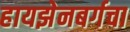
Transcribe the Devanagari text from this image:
हायझेनबर्गचा